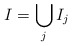
\begin{align*}I = \bigcup_j I_j\end{align*}